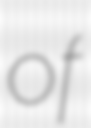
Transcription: of